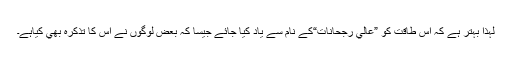
لہٰذا بہتر ہے كہ اس طاقت كو ”عالي رجحانات“كے نام سے ياد كيا جائے جيسا كہ بعض لوگوں نے اس كا تذكرہ بھي كياہے۔